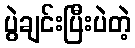
ပွဲချင်းပြီးပဲတဲ့